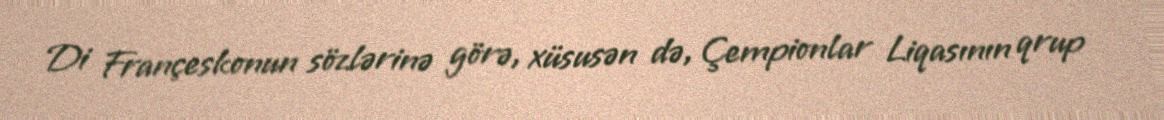
Di Françeskonun sözlərinə görə, xüsusən də, Çempionlar Liqasının qrup